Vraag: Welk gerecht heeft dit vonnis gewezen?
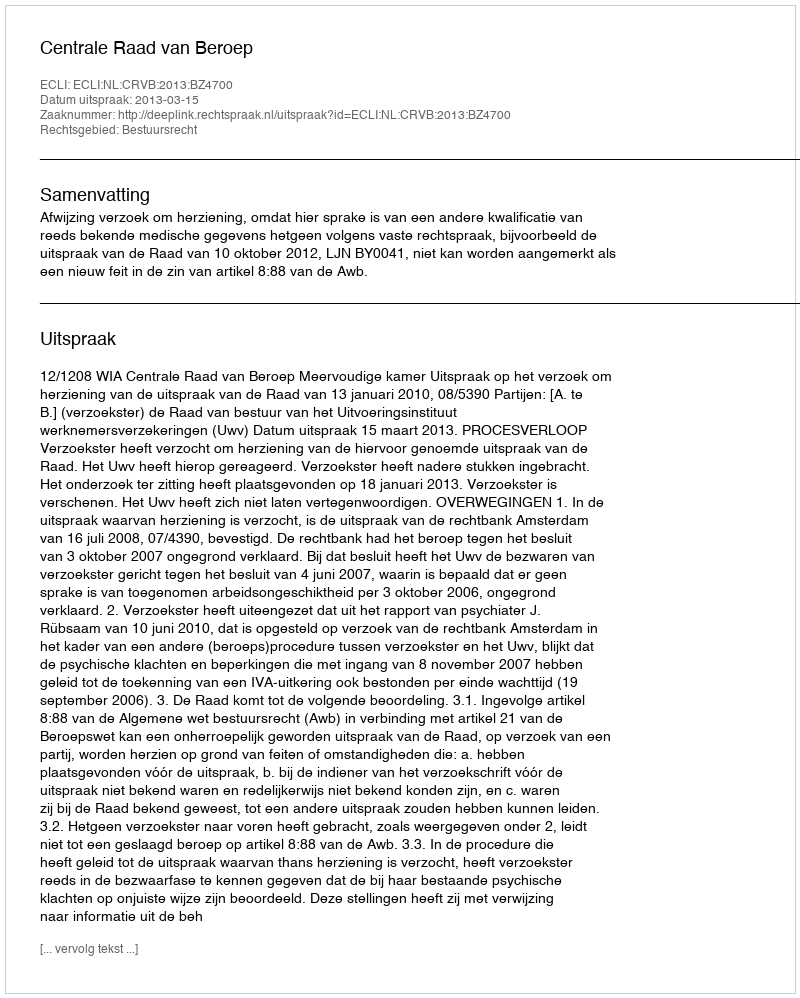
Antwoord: Centrale Raad van Beroep